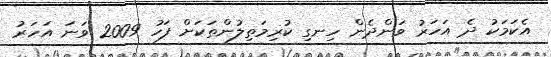
އެކަމަކު ދެ އަހަރު ވަންދެން ހިނގި ކުރިމަތިލުންތަކަށް ފަހު 2009 ވަނަ އަހަރު